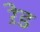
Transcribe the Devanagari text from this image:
ऱेड